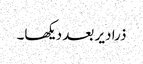
ذرا دیر بعد دیکھا۔